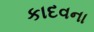
કાદવના